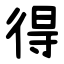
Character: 得